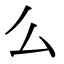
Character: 么